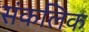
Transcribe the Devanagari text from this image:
संकलिक